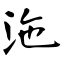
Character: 沲